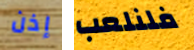
إذن فلنلعب